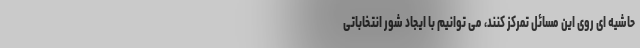
حاشیه ای روی این مسائل تمرکز کنند، می توانیم با ایجاد شور انتخاباتی